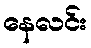
နေလင်း